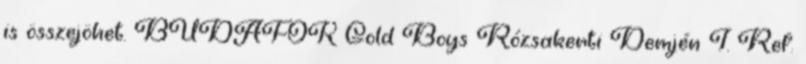
is összejöhet. BUDAFOK Gold Boys Rózsakerti Demjén I. Ref.